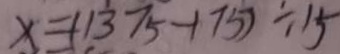
x = ( 1 3 7 5 - 1 7 5 ) \div 1 5